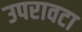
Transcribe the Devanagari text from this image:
उपरावटा